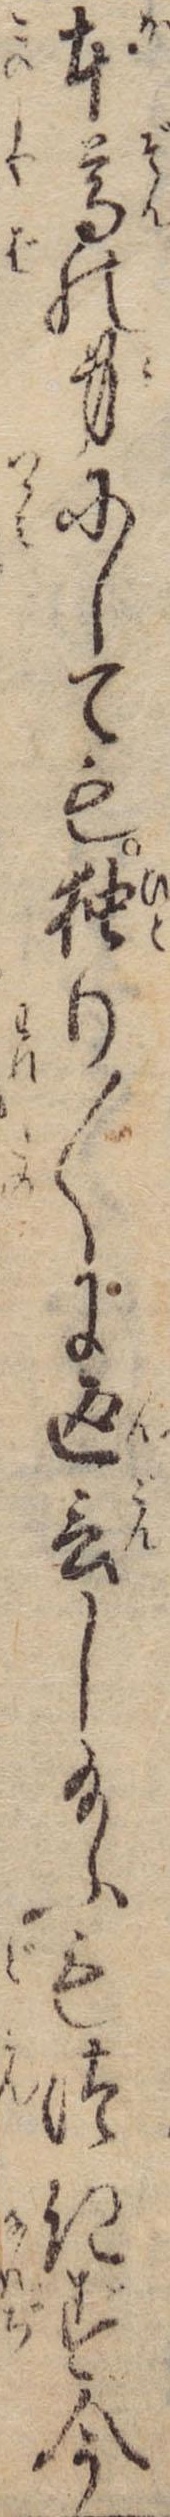
本尊の身にしても独り〱に返言し給ふもつきず今